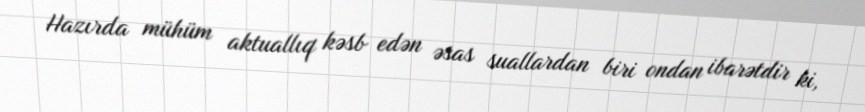
Hazırda mühüm aktuallıq kəsb edən əsas suallardan biri ondan ibarətdir ki,